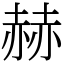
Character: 赫